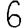
Digit: 6